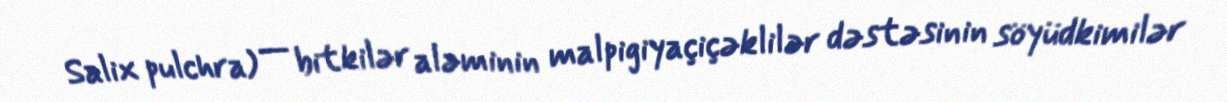
Salix pulchra) — bitkilər aləminin malpigiyaçiçəklilər dəstəsinin söyüdkimilər